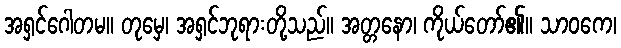
အရှင်ဂေါတမ။ တုမှေ၊ အရှင်ဘုရားတို့သည်။ အတ္တနော၊ ကိုယ်တော်၏။ သာဝကေ၊